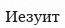
Иезуит